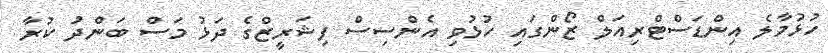
ހުޅުމާލެ އިންޑަސްޓްރިއަލް ޒޯންގައި ހުޅުވި އެންސިސް ފިޝަރީޒްގެ ދަޅު މަސް ބަންދު ކުރާ